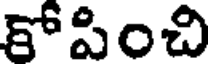
కోపించి